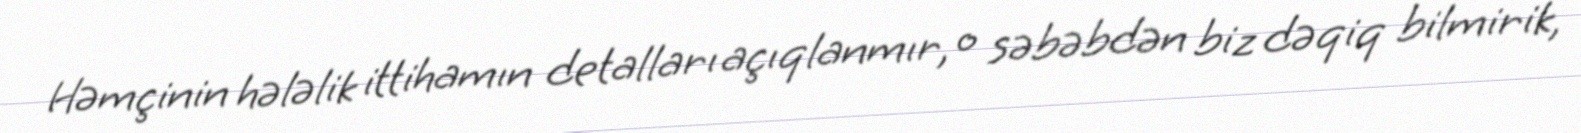
Həmçinin hələlik ittihamın detalları açıqlanmır, o səbəbdən biz dəqiq bilmirik,